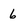
Character: 6